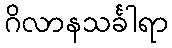
ဂိလာနသင်္ခါရာ